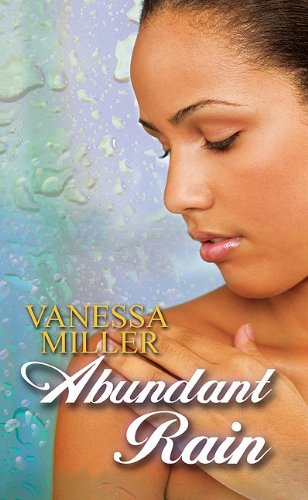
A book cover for Abundant Rain (Urban Christian); Vanessa Miller; Literature & Fiction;